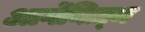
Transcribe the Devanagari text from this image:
आर्गेनिज़्म